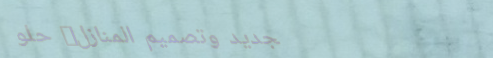
تجديد وتصميم المنازل: حلو